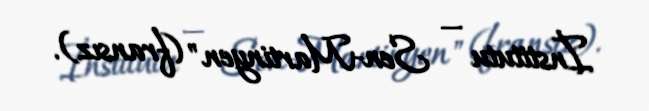
İnstitutu — Sen-Martinyen" (fransız).